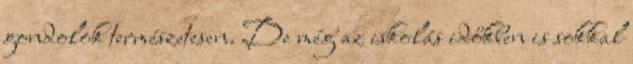
gondolok természetesen. De még az iskolás időkben is sokkal